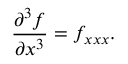
{ \frac { \partial ^ { 3 } f } { \partial x ^ { 3 } } } = f _ { x x x } .